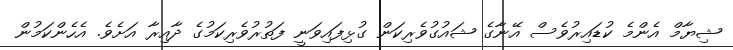
ޝިޔާމް އެންމެ ކުޑައިރުވެސް އޭނާގެ ޝައުގުވެރިކަން ގުޅިފައިވަނީ ފަތުރުވެރިކަމުގެ ދާއިރާ އަށެވެ. އެހެންކަމުން